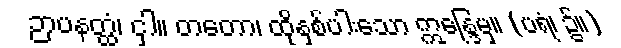
ဉာပနတ္ထံ၊ ငှါ။ တတော၊ ထိုနှစ်ပါးသော ဣန္ဒြေမှ။ (ပရံ၊ ၌။)